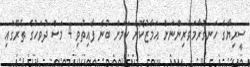
ސީރިޔާގެ ހަނގުރާމަވެރިންނަށް އަމާޒުކޮށް ކަމަށް ބުނެ ފާއިތުވި 4 މަސް ދުވަހުގެ ތެރޭގައި